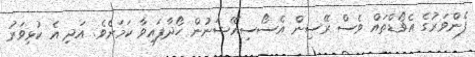
ފެންވަރުގެ އެވޯޑްތައް ވެސް ރޭސިން އެސޯސިއޭޝަނުން ހޯދާފައިވާ ކަމަށެވެ. އަދި އެ ކުޅިވަރު